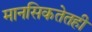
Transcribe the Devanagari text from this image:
मानसिकतेतही